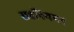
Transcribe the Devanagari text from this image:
सहनियमन